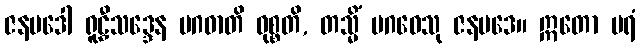
ဇနပဒေါ ရူဠှီသဒ္ဒေန မဂဓာတိ ဝုစ္စတိ, တသ္မိံ မဂဓေသု ဇနပဒေ။ ဣတော ပရံ